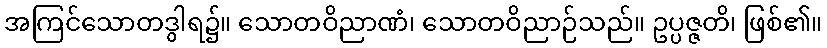
အကြင်သောတဒွါရ၌။ သောတဝိညာဏံ၊ သောတဝိညာဉ်သည်။ ဥပ္ပဇ္ဇတိ၊ ဖြစ်၏။